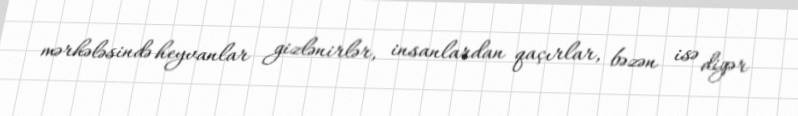
mərhələsində heyvanlar gizlənirlər, insanlardan qaçırlar, bəzən isə digər